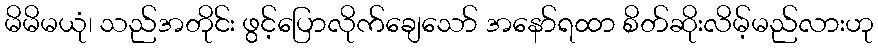
မိမိမယုံ၊ သည်အတိုင်း ဖွင့်ပြောလိုက်ချေသော် အနော်ရထာ စိတ်ဆိုးလိမ့်မည်လားဟု